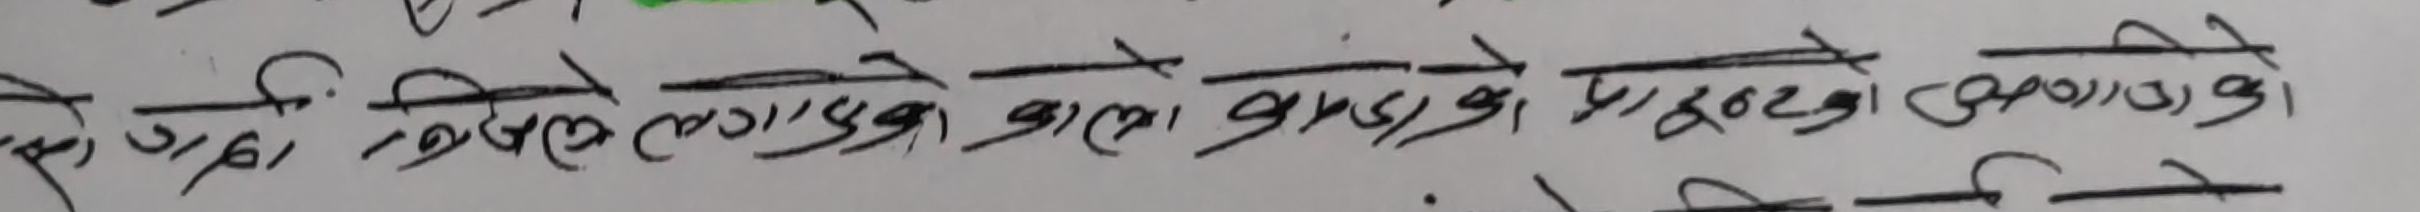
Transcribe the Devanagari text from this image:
के गरि कसले लगाएको कालाे धागो या सुत्केरीको नामकाे।